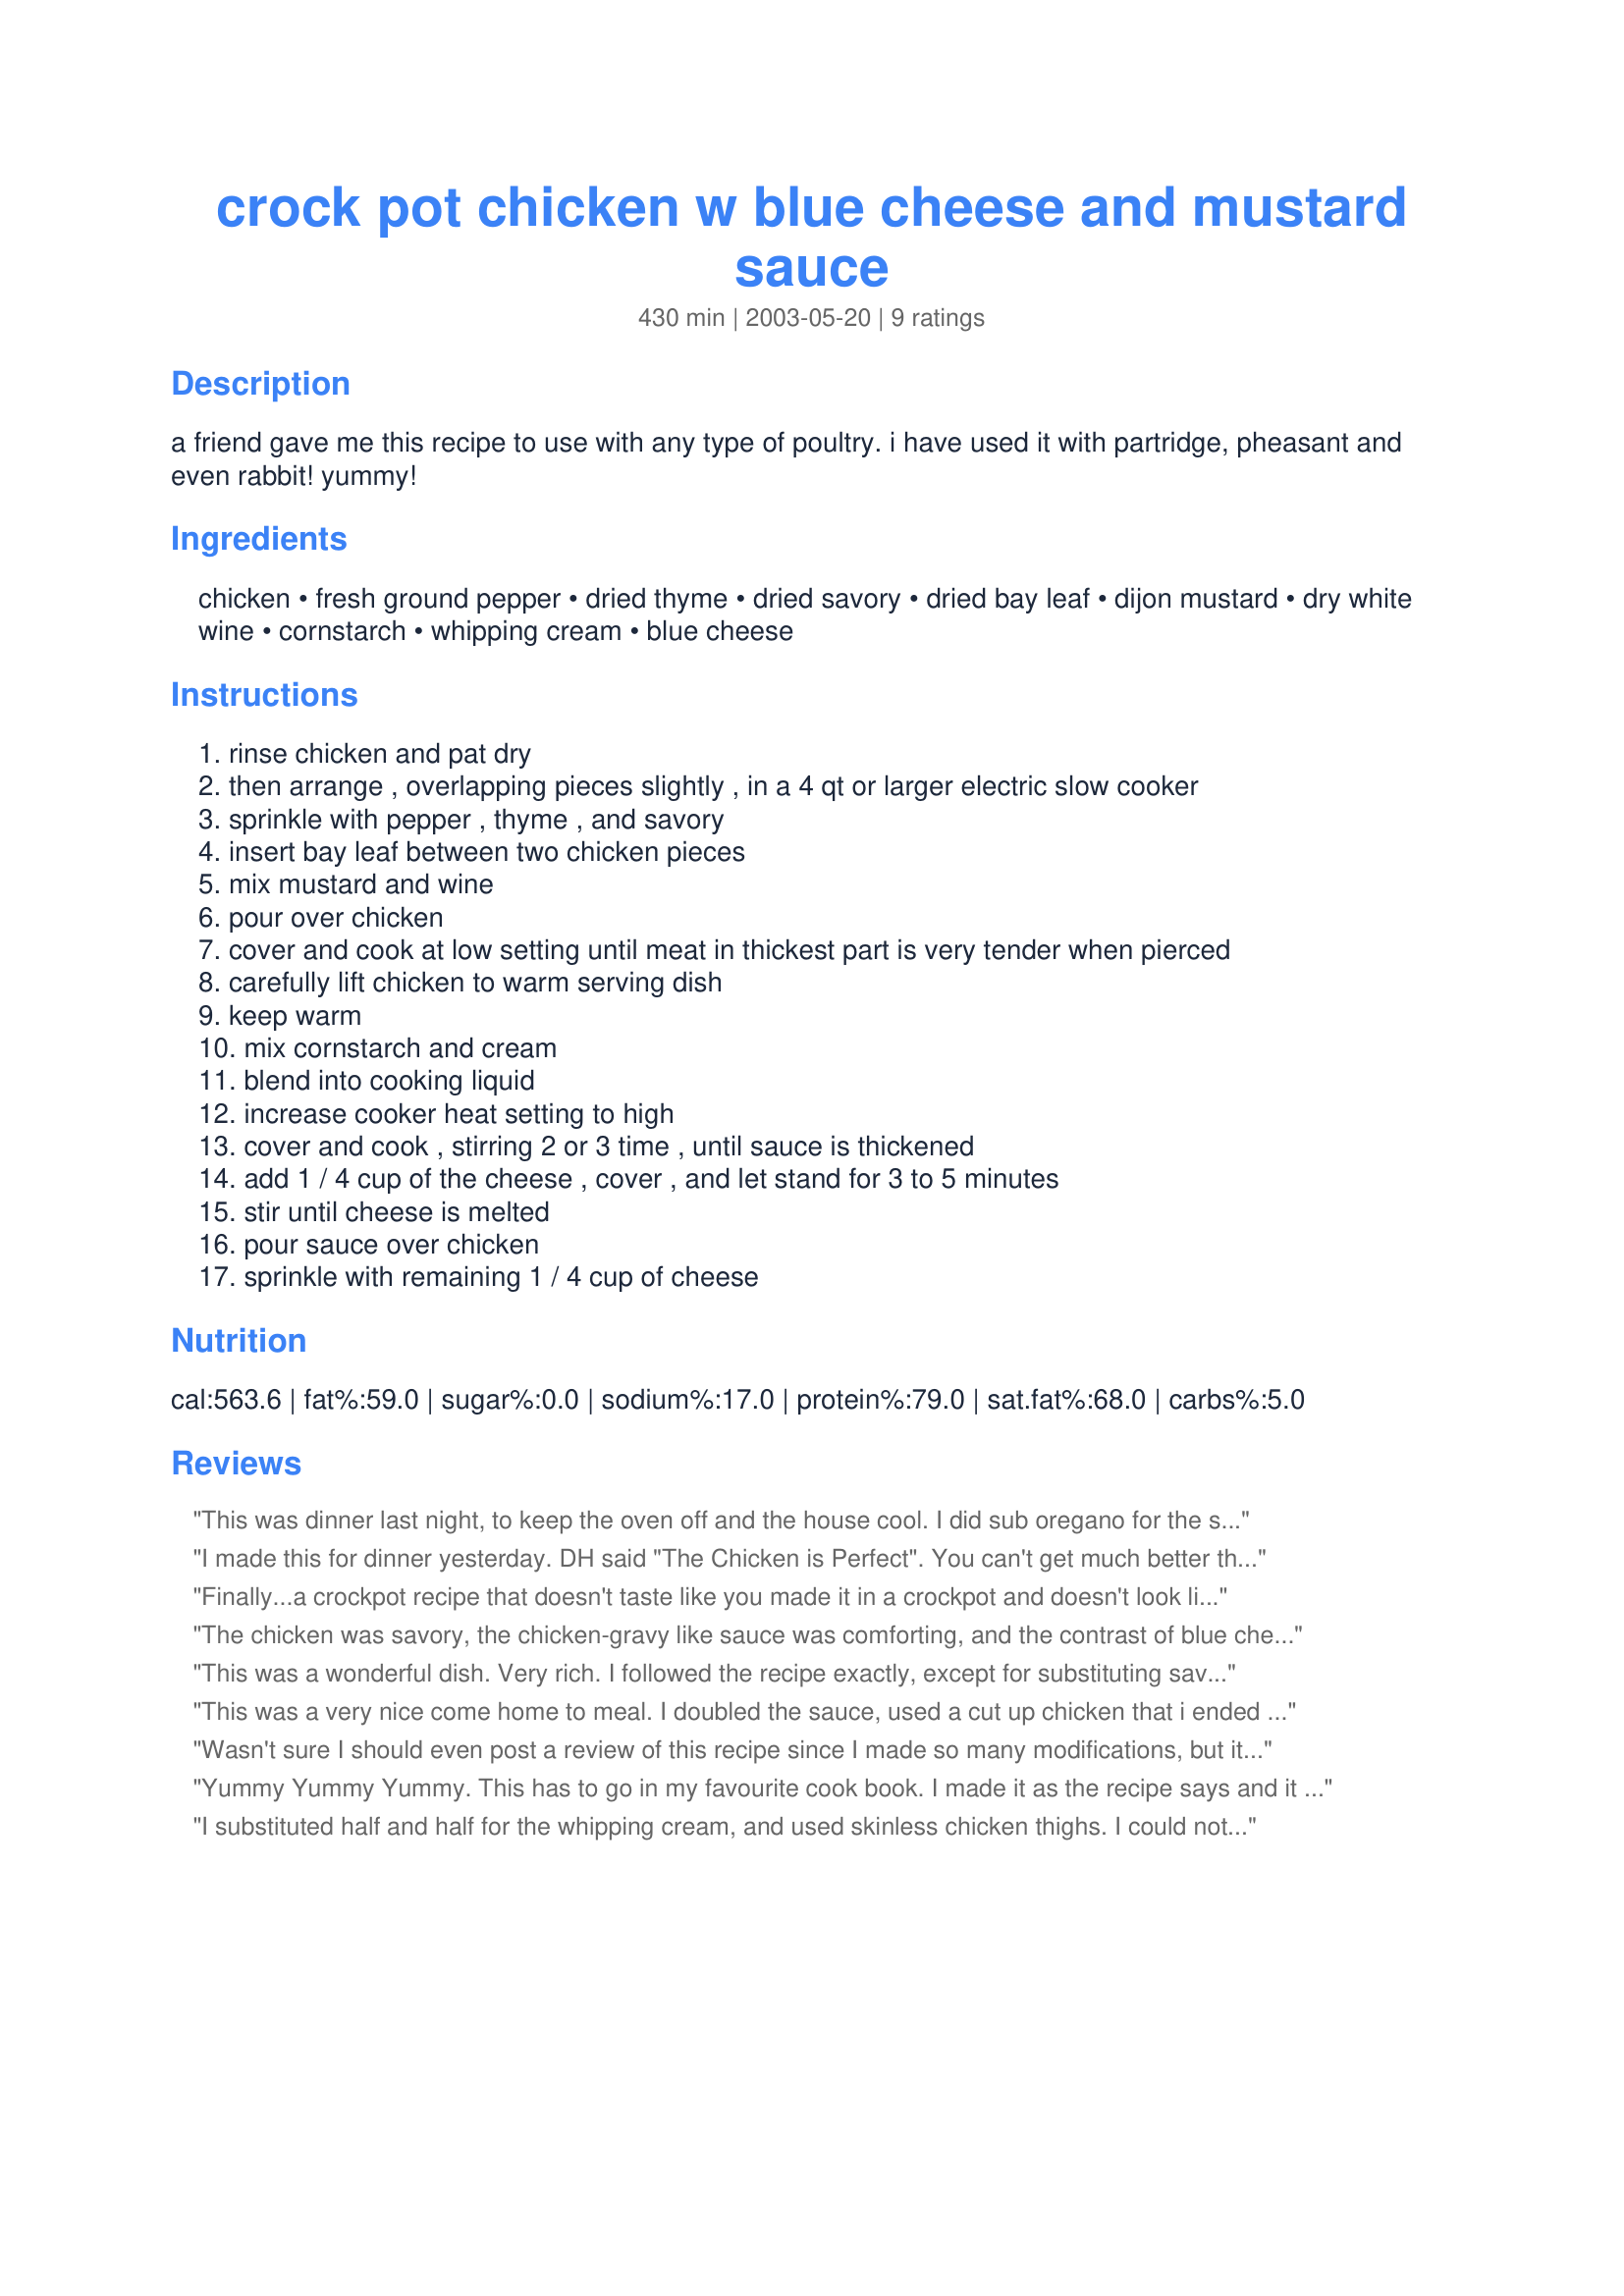
crock pot chicken w blue cheese and mustard sauce
Preparation time: 430 minutes

a friend gave me this recipe to use with any type of poultry. i have used it with partridge, pheasant and even rabbit! yummy!

Ingredients:
chicken, fresh ground pepper, dried thyme, dried savory, dried bay leaf, dijon mustard, dry white wine, cornstarch, whipping cream, blue cheese

Steps:
rinse chicken and pat dry
then arrange , overlapping pieces slightly , in a 4 qt or larger electric slow cooker
sprinkle with pepper , thyme , and savory
insert bay leaf between two chicken pieces
mix mustard and wine
pour over chicken
cover and cook at low setting until meat in thickest part is very tender when pierced
carefully lift chicken to warm serving dish
keep warm
mix cornstarch and cream
blend into cooking liquid
increase cooker heat setting to high
cover and cook , stirring 2 or 3 time , until sauce is thickened
add 1 / 4 cup of the cheese , cover , and let stand for 3 to 5 minutes
stir until cheese is melted
pour sauce over chicken
sprinkle with remaining 1 / 4 cup of cheese

Reviews:
This was dinner last night, to keep the oven off and the house cool. I did sub oregano for the savory, chicken broth for the wine, and used bl/sl chicken breasts. To thicken the sauce, I used the stove top, as I have had no luck with things thickening in my Crock Pot in a reasonable amount of time. Used Gorgonzola cheese for the blue, and I was surprised at how well the flavor of the cheese was balanced out in the sauce. Not overpowering, but noticeably present, if that makes sense. My husband loved this, and has asked that I keep the recipe to make it again. High praise, indeed! ;-) Thanks for sharing.
I made this for dinner yesterday. DH said "The Chicken is Perfect". You can't get much better than that! I started at 8:30AM with a 2.5 pound bag of frozen skinless, boneless chicken breasts. I didn't have savory so substituted oregano. I started with 4 hours on high since the meat was frozen, then turned the crockpot to low for the remainder of the time. Heeding the experience of another reviewer, I made the sauce differently (starting with step 5). I removed the chicken from the crockpot, then strained the cooking liquid into a saucepan and brought it to a simmer. (I returned the chicken to the crockpot set on low to keep warm). I whisked together the cream and cornstarch and added it to the cooking liquid, then I whisked in the crumbled blue cheese. When the blue cheese melted, I poured the sauce back over the chicken in the crockpot and left it on low until ready to serve. I served it with steamed broccoli, cauliflower, and baby carrots. I poured some of the sauce over the vegetables. It was a great meal! Thanks!
Finally...a crockpot recipe that doesn't taste like you made it in a crockpot and doesn't look like it, either! Don't get me wrong, I love my crockpot, but this is the first crockpot recipe that I'd even consider serving to guests. This looked and tasted great! I didn't have savory, so I increased the thyme about another 1/2 tsp. or so. I also started with frozen chicken breasts but didn't increase cooking time and it came out fine. A couple of hours before the chicken was done, I put some baby red potatoes on top, drizzled with a little more mustard and wine, and they were perfect. I just pulled them out of the pot with the chicken when it came time to finish the sauce. (By the way...the crockpot liners at the grocery store work great. I had no cleanup at all...just gave my crockpot a quick soapy rinse and I was done. Usually it's a big stuck-on mess!) Anyway...try this recipe if you like blue cheese and love your crockpot. It's a winner!
The chicken was savory, the chicken-gravy like sauce was comforting, and the contrast of blue cheese was enticing. I made the sauce in a separate pan using the ingredients in the recipe. The chicken I used was all natural drumsticks, I used TJ's Dijon mustard, 1 tspn apple cider vinegar, 3 tspn water (to dilute the mustard and vinegar), 3 tspn dried thyme, cracked black pepper to taste (approx 2 tspn), 1 bay leaf. To accompany our chicken we served mashed potatoes and petite peas. <br/>Next time, I will use gorgonzola to replace the blue cheese, and will plate with a teaspoon of capers before pouring on the sauce. I will also double the recipe, as it was AWESOME! I think it would pair well with an ice cold Duvel.
This was a wonderful dish. Very rich. I followed the recipe exactly, except for substituting savory (I did not have any) with half rosemary and half sage. Great flavor. I think next time I, too, will substitute a less heavy cream. The sauce thickened up too much, really, so I added a cup of chicken bouillon, made with "Better Than Bouillon" chicken base. This dish was soo good, I will make it for company. I served it with rice and a big salad with all kinds of summer greens and veggies in it. wow.
This was a very nice come home to meal. I doubled the sauce, used a cut up chicken that i ended up deboning and adding back to the sauce, didn't have any savory so i added more thyme. It took about 45 mins. for my sauce to thicken but that was fine as i had to let the chicken cool so i could debone it. Served it all over rice very nice. Next time I will triple the blue cheese :) Thank you for posting this tastey dish.
Wasn't sure I should even post a review of this recipe since I made so many modifications, but it turned out so well I just had to. I didn't make this one in the crock pot - I braised the chicken in the mustard mixture, substituting about 1 cup chicken broth for the white wine I didn't have on hand. However, I think the wine would add a nice element to the flavor and the crock pot would make it easier to prepare, so that's what I'll do next time. It still turned out wonderfully well. I had worried a bit that the sauce would be too strong-flavored, but the cream tones it down nicely. Thanks, Barbara!
Yummy Yummy Yummy. This has to go in my favourite cook book. I made it as the recipe says and it was fantastic
Diane
Sth Australia
I substituted half and half for the whipping cream, and used skinless chicken thighs. I could not get the sauce to thicken in my crockpot, so I placed the sauce in a micrwavable dish and nuked it for 45 seconds. It turned out beautifully. I shall make this dish again and again as my wife and mother both raved about the unusual flavor of the blue cheese sauce.
